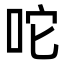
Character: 咜